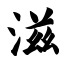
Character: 滋